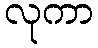
လုကာ